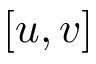
[ u , v ]